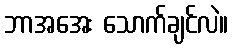
ဘာအအေး သောက်ချင်လဲ။